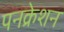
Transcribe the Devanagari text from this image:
पनक्रेशन